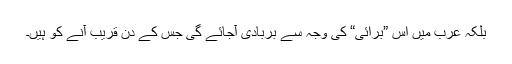
بلکہ عرب میں اِس ”برائی“ کی وجہ سے بربادی آجائے گی جس کے دن قریب آنے کو ہیں۔